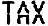
TAX